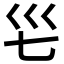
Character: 𭗺